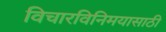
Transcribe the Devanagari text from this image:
विचारविनिमयासाठी